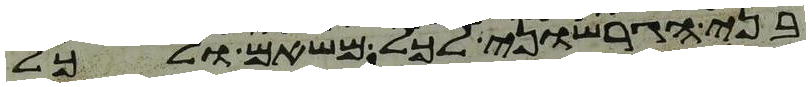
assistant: בני הגרשוני לכל משאם ולכל